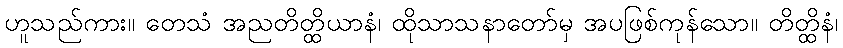
ဟူသည်ကား။ တေသံ အညတိတ္ထိယာနံ၊ ထိုသာသနာတော်မှ အပဖြစ်ကုန်သော။ တိတ္ထိနံ၊